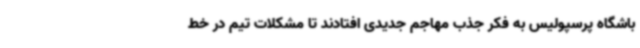
باشگاه پرسپولیس به فکر جذب مهاجم جدیدی افتادند تا مشکلات تیم در خط